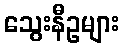
သွေးနီဥများ